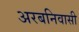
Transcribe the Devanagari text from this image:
अरबनिवासी